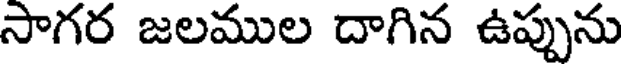
సాగర జలముల దాగిన ఉప్పును